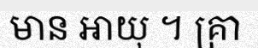
មាន អាយុ ។ គ្រា